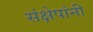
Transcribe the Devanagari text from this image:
संक्षेपांनी